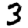
Digit: 3